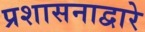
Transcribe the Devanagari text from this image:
प्रशासनाद्वारे